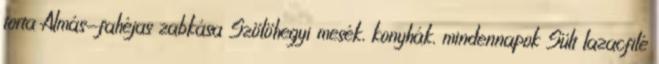
torta Almás-fahéjas zabkása Szölöhegyi mesék, konyhák, mindennapok Sült lazacfilé